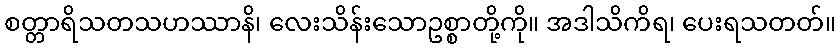
စတ္တာရိသတသဟဿာနိ၊ လေးသိန်းသောဥစ္စာတို့ကို။ အဒါသိကိရ၊ ပေးရသတတ်။